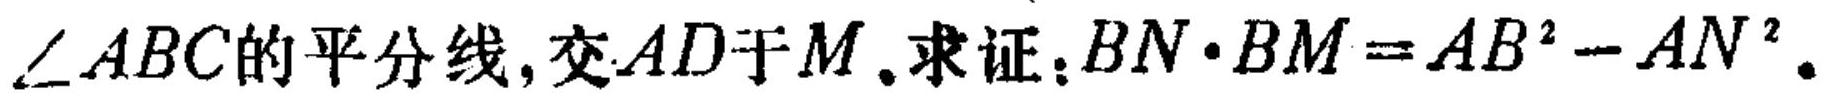
\(\angle ABC\)的平分线，交\(AD\)于\(M\). 求证：\(BN\cdot BM=AB^{2}-AN^{2}\).